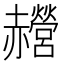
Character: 𰷰